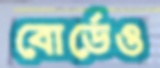
বোর্ডেও